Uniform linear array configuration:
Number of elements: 12
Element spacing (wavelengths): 0.5
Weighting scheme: binomial
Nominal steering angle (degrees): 0
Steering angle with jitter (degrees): -0.08229
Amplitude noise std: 0.05
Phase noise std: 0.05

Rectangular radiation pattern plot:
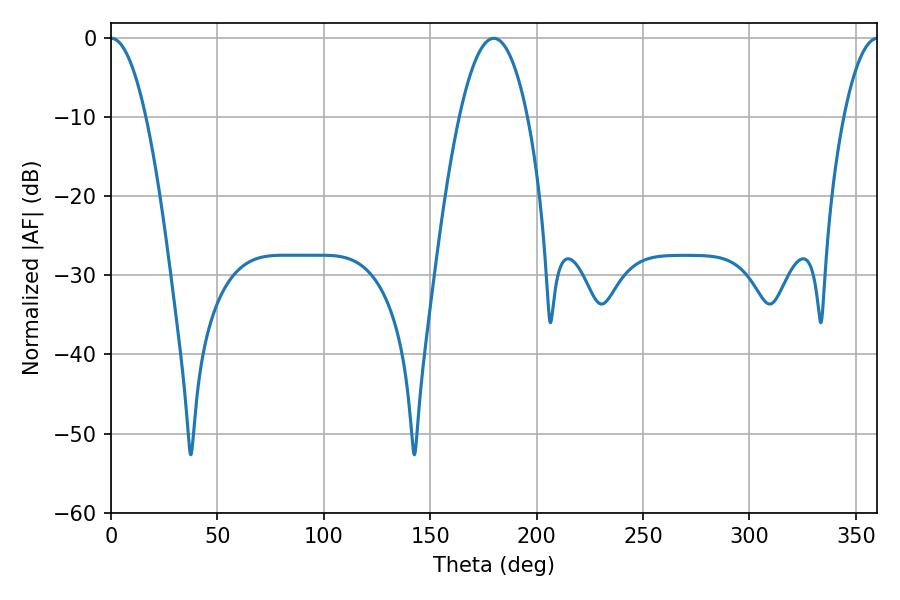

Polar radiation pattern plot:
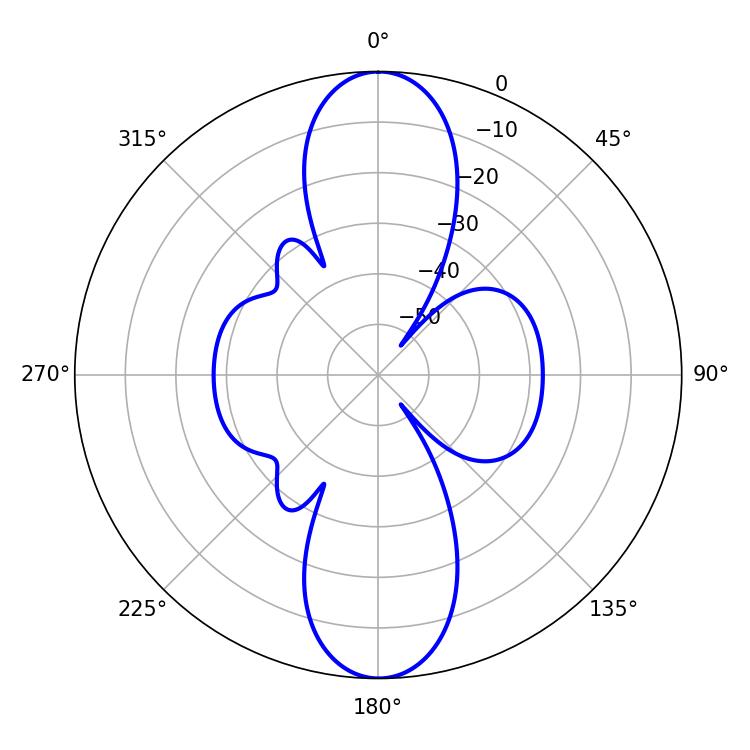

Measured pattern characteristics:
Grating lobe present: FALSE
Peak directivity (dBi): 28.157
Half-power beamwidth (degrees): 9
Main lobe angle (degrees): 0.18